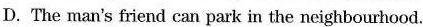
D.The man's friend can park in the neighbourhood.